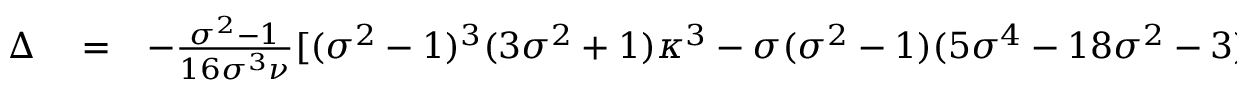
\begin{array} { r l r } { \Delta } & { { } = } & { - \frac { \sigma ^ { 2 } - 1 } { 1 6 \sigma ^ { 3 } \nu } [ ( \sigma ^ { 2 } - 1 ) ^ { 3 } ( 3 \sigma ^ { 2 } + 1 ) \kappa ^ { 3 } - \sigma ( \sigma ^ { 2 } - 1 ) ( 5 \sigma ^ { 4 } - 1 8 \sigma ^ { 2 } - 3 ) \kappa ^ { 2 } } \end{array}